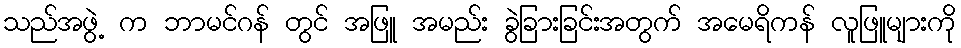
သည်အဖွဲ့ က ဘာမင်ဂန် တွင် အဖြူ အမည်း ခွဲခြားခြင်းအတွက် အမေရိကန် လူဖြူများကို